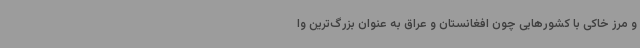
و مرز خاکی با کشورهایی چون افغانستان و عراق به عنوان بزرگ‌ترین وا